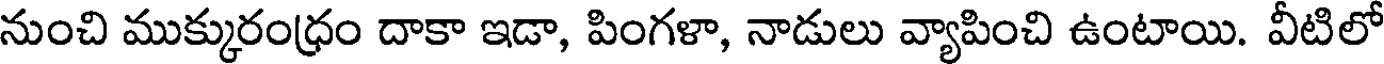
నుంచి ముక్కురంధ్రం దాకా ఇడా, పింగళా, నాడులు వ్యాపించి ఉంటాయి. వీటిలో